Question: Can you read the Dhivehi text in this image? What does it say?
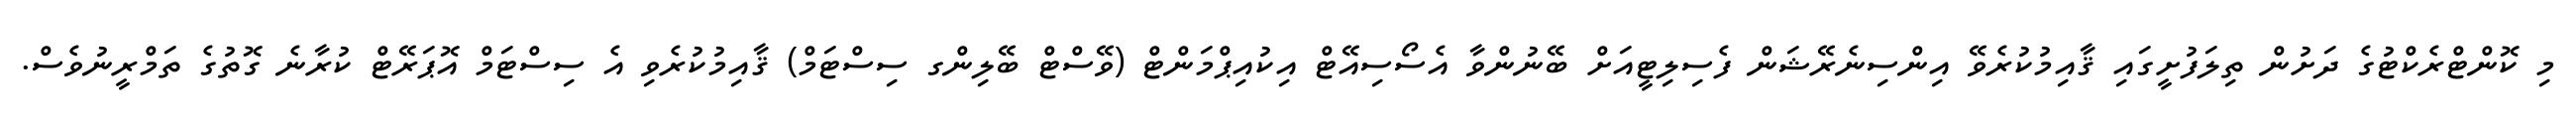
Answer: މި ކޮންޓްރެކްޓުގެ ދަށުން ތިލަފުށީގައި ޤާއިމުކުރެވޭ އިންސިނެރޭޝަން ފެސިލިޓީއަށް ބޭނުންވާ އެސޯސިއޭޓް އިކުއިޕްމަންޓް (ވޭސްޓް ބޭލިންގ ސިސްޓަމް) ޤާއިމުކުރެވި އެ ސިސްޓަމް އޮޕަރޭޓް ކުރާނެ ގޮތުގެ ތަމްރީނުވެސް.